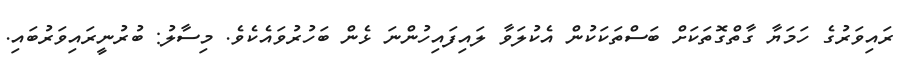
ރައިވަރުގެ ހަމަޔާ ގާތްގޮތަކަށް ބަސްތަކަކުން އެކުލަވާ ލައިފައިހުންނަ ޅެން ބަހުރުވައެކެވެ. މިސާލު: ބުރުނީރައިވަރުބައި.